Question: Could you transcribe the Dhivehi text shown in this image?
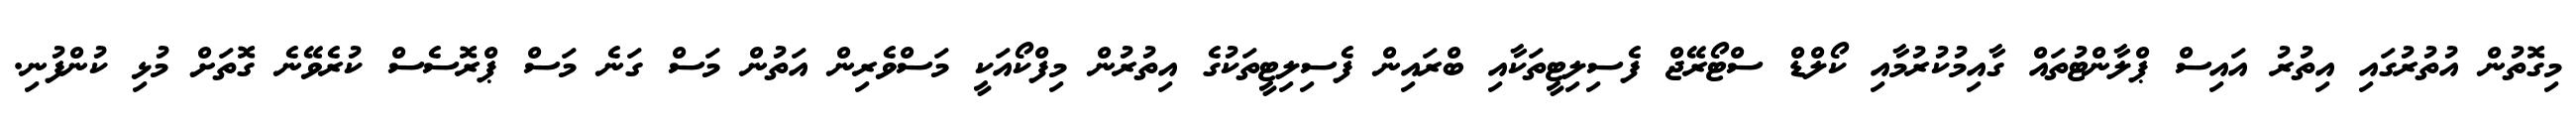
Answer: މިގޮތުން އުތުރުގައި އިތުރު އައިސް ޕްލާންޓުތައް ގާއިމުކުރުމާއި ކޯލްޑް ސްޓޯރޭޖް ފެސިލިޓީތަކާއި ބްރައިން ފެސިލިޓީތަކުގެ އިތުރުން މިފްކޯއަކީ މަސްވެރިން އަތުން މަސް ގަނެ މަސް ޕްރޮސެސް ކުރެވޭނެ ގޮތަށް މުޅި ކުންފުނި.